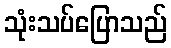
သုံးသပ်ပြောသည်